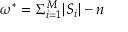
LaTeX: \omega ^ { * } = \Sigma _ { i = 1 } ^ { M } | S _ { i } | - n